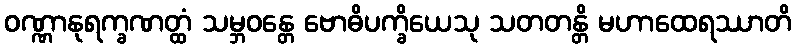
ဝဏ္ဏာနုရက္ခဏတ္ထံ သမ္ဘဝန္တေ ဗောဓိပက္ခိယေသု သတတန္တိ မဟာထေရဿာတိ